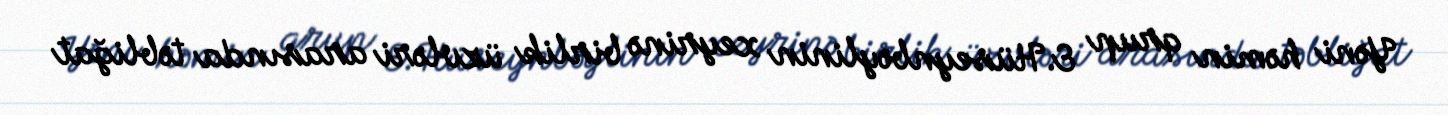
Yəni həmin qrup E.Hüseynbəylinin xeyrinə birlik üzvləri arasında təbliğat